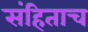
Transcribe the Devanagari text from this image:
संहिताच